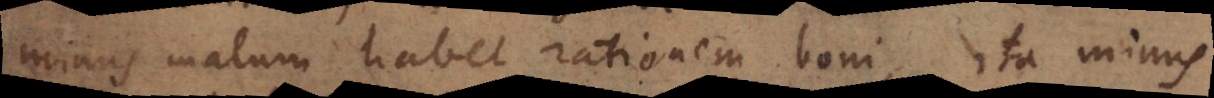
minus malum habet rationem boni, ita minus